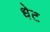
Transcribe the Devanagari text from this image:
धेट